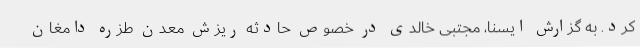
کرد. به گزارش ایسنا، مجتبی خالدی در خصوص حادثه ریزش معدن طزره دامغان